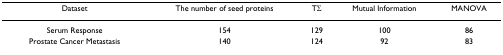
<table><thead><tr><td><b>Dataset</b></td><td><b>The number of seed proteins</b></td><td><b>TΣ</b></td><td><b>Mutual Information</b></td><td><b>MANOVA</b></td></tr></thead><tbody><tr><td>Serum Response</td><td>154</td><td>129</td><td>100</td><td>86</td></tr><tr><td>Prostate Cancer Metastasis</td><td>140</td><td>124</td><td>92</td><td>83</td></tr></tbody></table>